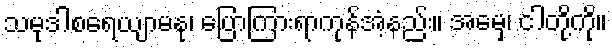
သမုဒါစရေယျာမနု၊ ပြောကြားရာကုန်အံ့နည်း။ အမေှ၊ ငါတို့ကို။